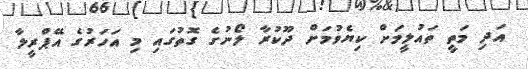
އަދި މަތީ ތައުލީމަށް ކިޔެވުމަށް ދޫކުރާ ލޯނުގެ ގޮތުގައި މި އަހަރުގެ އޭޕްރީލާ